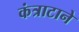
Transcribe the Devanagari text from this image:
कंत्राटाने